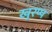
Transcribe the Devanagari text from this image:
खुरप्प